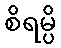
စိရမ္ပိ